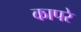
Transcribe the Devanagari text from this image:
कापरे